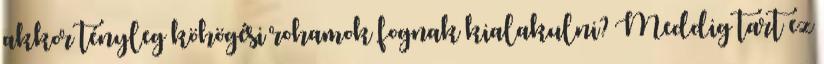
akkor tényleg köhögési rohamok fognak kialakulni? Meddig tart ez